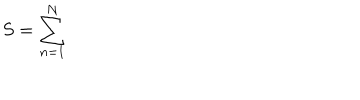
S = \sum _ { n = 1 } ^ { N }